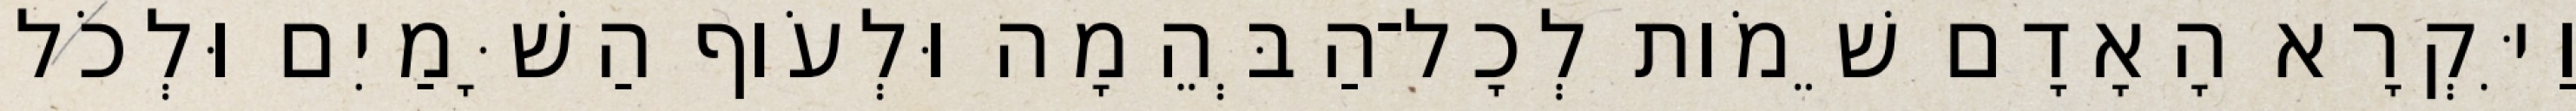
וַיִּקְרָא הָאָדָם שֵׁמֹות לְכָל־הַבְּהֵמָה וּלְעֹוף הַשָּׁמַיִם וּלְכֹל